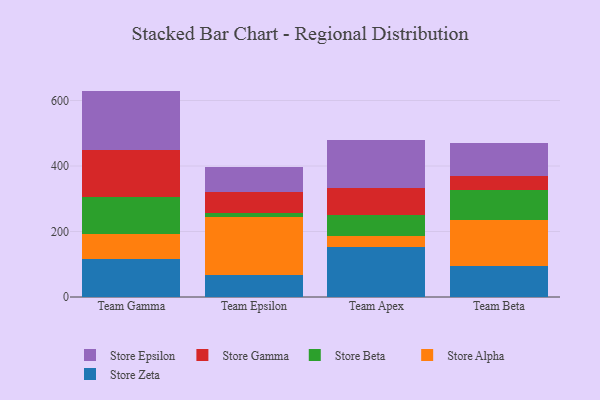
{"axis": {"x": "Team", "y": "Website Visitors"}, "legend": ["Store Alpha", "Store Beta", "Store Epsilon", "Store Gamma", "Store Zeta"], "data": [{"x": "Team Gamma", "y": 115.3, "type": "Store Zeta"}, {"x": "Team Gamma", "y": 75.9, "type": "Store Alpha"}, {"x": "Team Gamma", "y": 114.4, "type": "Store Beta"}, {"x": "Team Gamma", "y": 144.8, "type": "Store Gamma"}, {"x": "Team Gamma", "y": 179.1, "type": "Store Epsilon"}, {"x": "Team Epsilon", "y": 67.3, "type": "Store Zeta"}, {"x": "Team Epsilon", "y": 176.1, "type": "Store Alpha"}, {"x": "Team Epsilon", "y": 12.4, "type": "Store Beta"}, {"x": "Team Epsilon", "y": 63.9, "type": "Store Gamma"}, {"x": "Team Epsilon", "y": 78.6, "type": "Store Epsilon"}, {"x": "Team Apex", "y": 151.4, "type": "Store Zeta"}, {"x": "Team Apex", "y": 35.5, "type": "Store Alpha"}, {"x": "Team Apex", "y": 62.5, "type": "Store Beta"}, {"x": "Team Apex", "y": 83.7, "type": "Store Gamma"}, {"x": "Team Apex", "y": 145.9, "type": "Store Epsilon"}, {"x": "Team Beta", "y": 93.2, "type": "Store Zeta"}, {"x": "Team Beta", "y": 142.5, "type": "Store Alpha"}, {"x": "Team Beta", "y": 90.6, "type": "Store Beta"}, {"x": "Team Beta", "y": 42.5, "type": "Store Gamma"}, {"x": "Team Beta", "y": 101.2, "type": "Store Epsilon"}]}